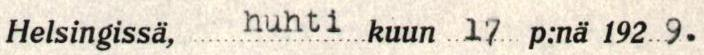
Helsingissä,  huhti kuun 17 p:nä 192 9.